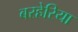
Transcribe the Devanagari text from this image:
बरहेरिया